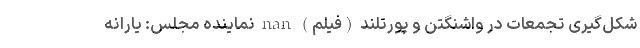
شکل‌گیری تجمعات در واشنگتن و پورتلند (فیلم) nan نماینده مجلس: یارانه